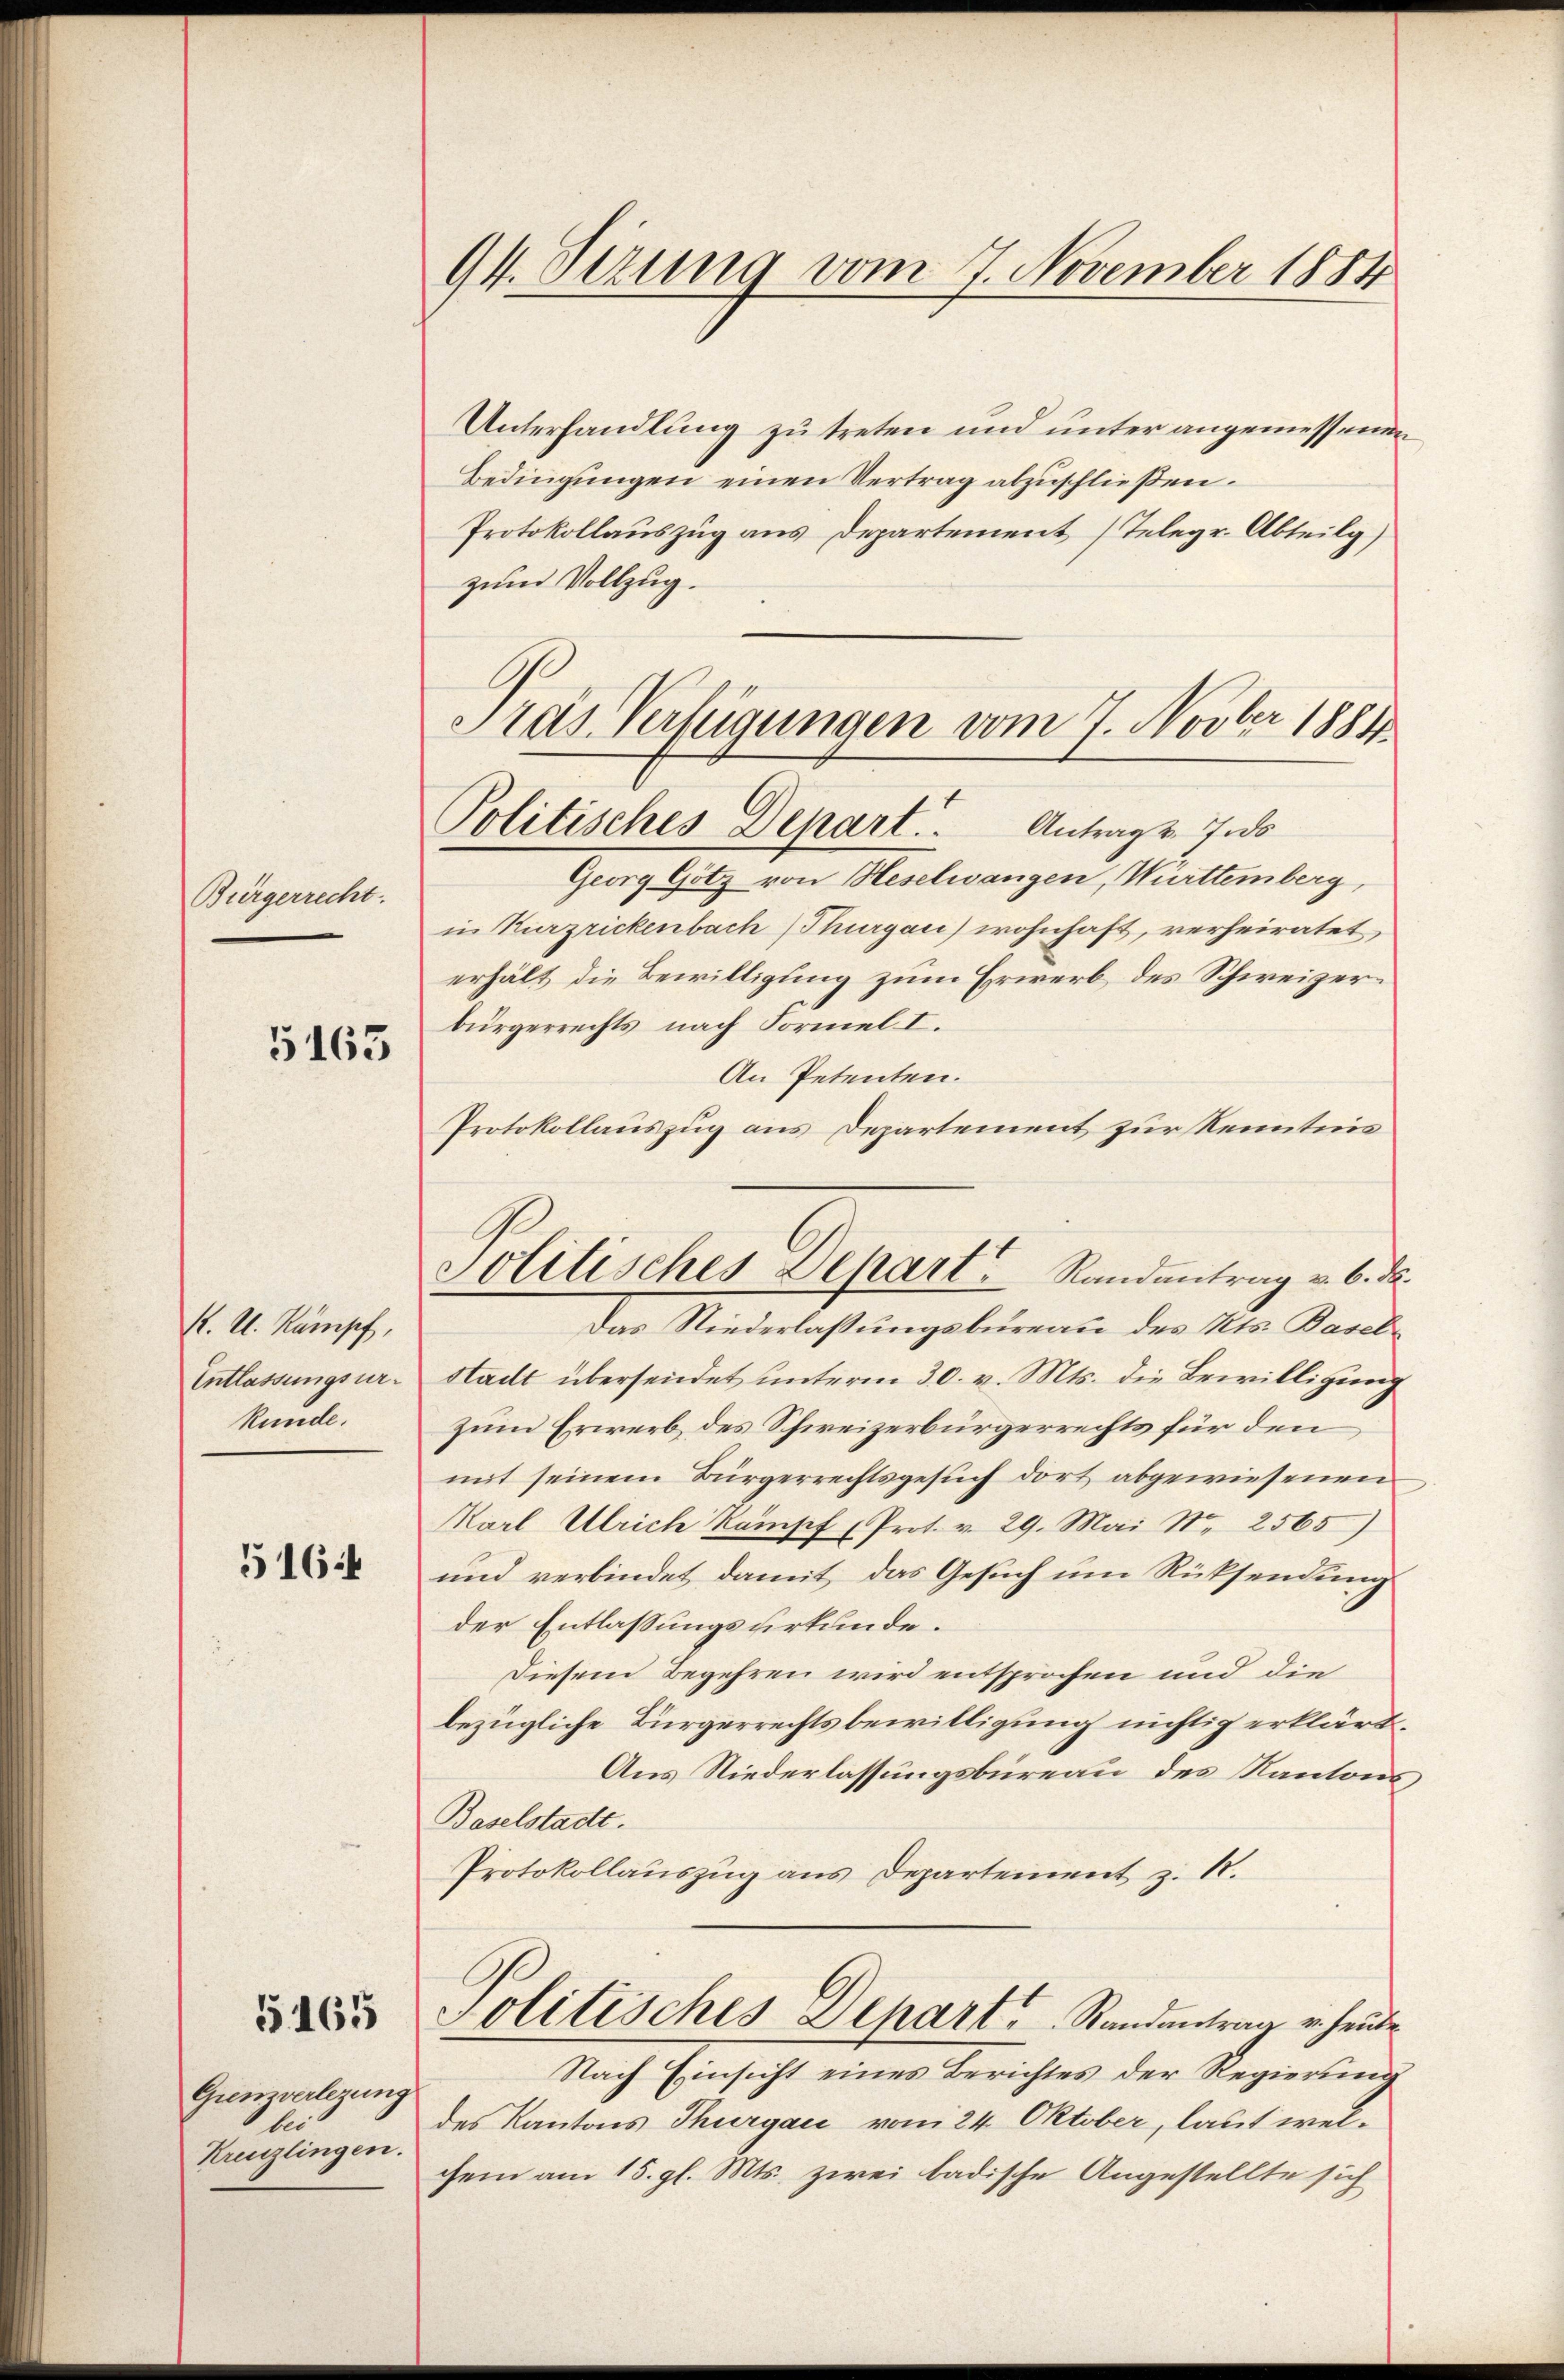
Bürgerrecht.

5163

K. A. Kampf,
Entlassungsurkunde.

5164

5165

Grenzverlerung
lei
Kreuzlingen.

94. Sizung vom 7. November 1884

Unterhandlung zu treten und unter angemessenen
Bedingungen einen Vertrag abzuschließen.
Protokollauszug aus Departement (Telegr. Abteilg)
zum Vollzug.
Gras Verfügungen vom 7. Novber 1881

Politisches Depart. Antrag 7 s

Jotitisches Depart Randantrag v. 6. da

Georg Götz von Heselwangen, Württemberg,
in Kurzrickenbach (Thurgau) wohnhaft, verheiratet,
erhält die Bewilligung zum Erwerb des Schweizerbürgerrechts nach Formel I.
An Petenten.
Protokollauszug aus Departement zur Kenntnis
Das Niederlassungsbureau des Kts. Baselstadt übersendet unterm 30. v. Mts. die Bewilligung
zum Erwerb des Schweizerbürgerrechts für den
mit seinem Bürgerrechtsgesuch dort abgewiesenen
Karl Ulrich Kampf (Prot. v. 29. Mai N. 2565)
und verbindet damit, das Gesuch um Rücksendung
der Entlassungsurkunde.
Diesem Begehren wird entsprochen und die
bezügliche Bürgerrechtsbewilligung nichtig erklärt,
Aus Niederlassungsbureau des Kantons
Baselstadt.
Protokollauszug aus Departement z. B.
Politisches Depart Randantrag v. Heute
Nach Einsicht eines Berichtes der Regierung
des Kantons Thurgau vom 24. Oktober, laut welchem am 15. gl. Mts. zwei badische Angestellte sich